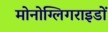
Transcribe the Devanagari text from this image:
मोनोग्लिगराइडों